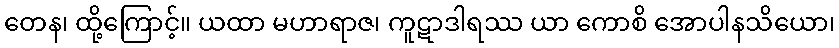
တေန၊ ထို့ကြောင့်။ ယထာ မဟာရာဇ၊ ကူဋာဒါရဿ ယာ ကောစိ အောပါနသိယော၊